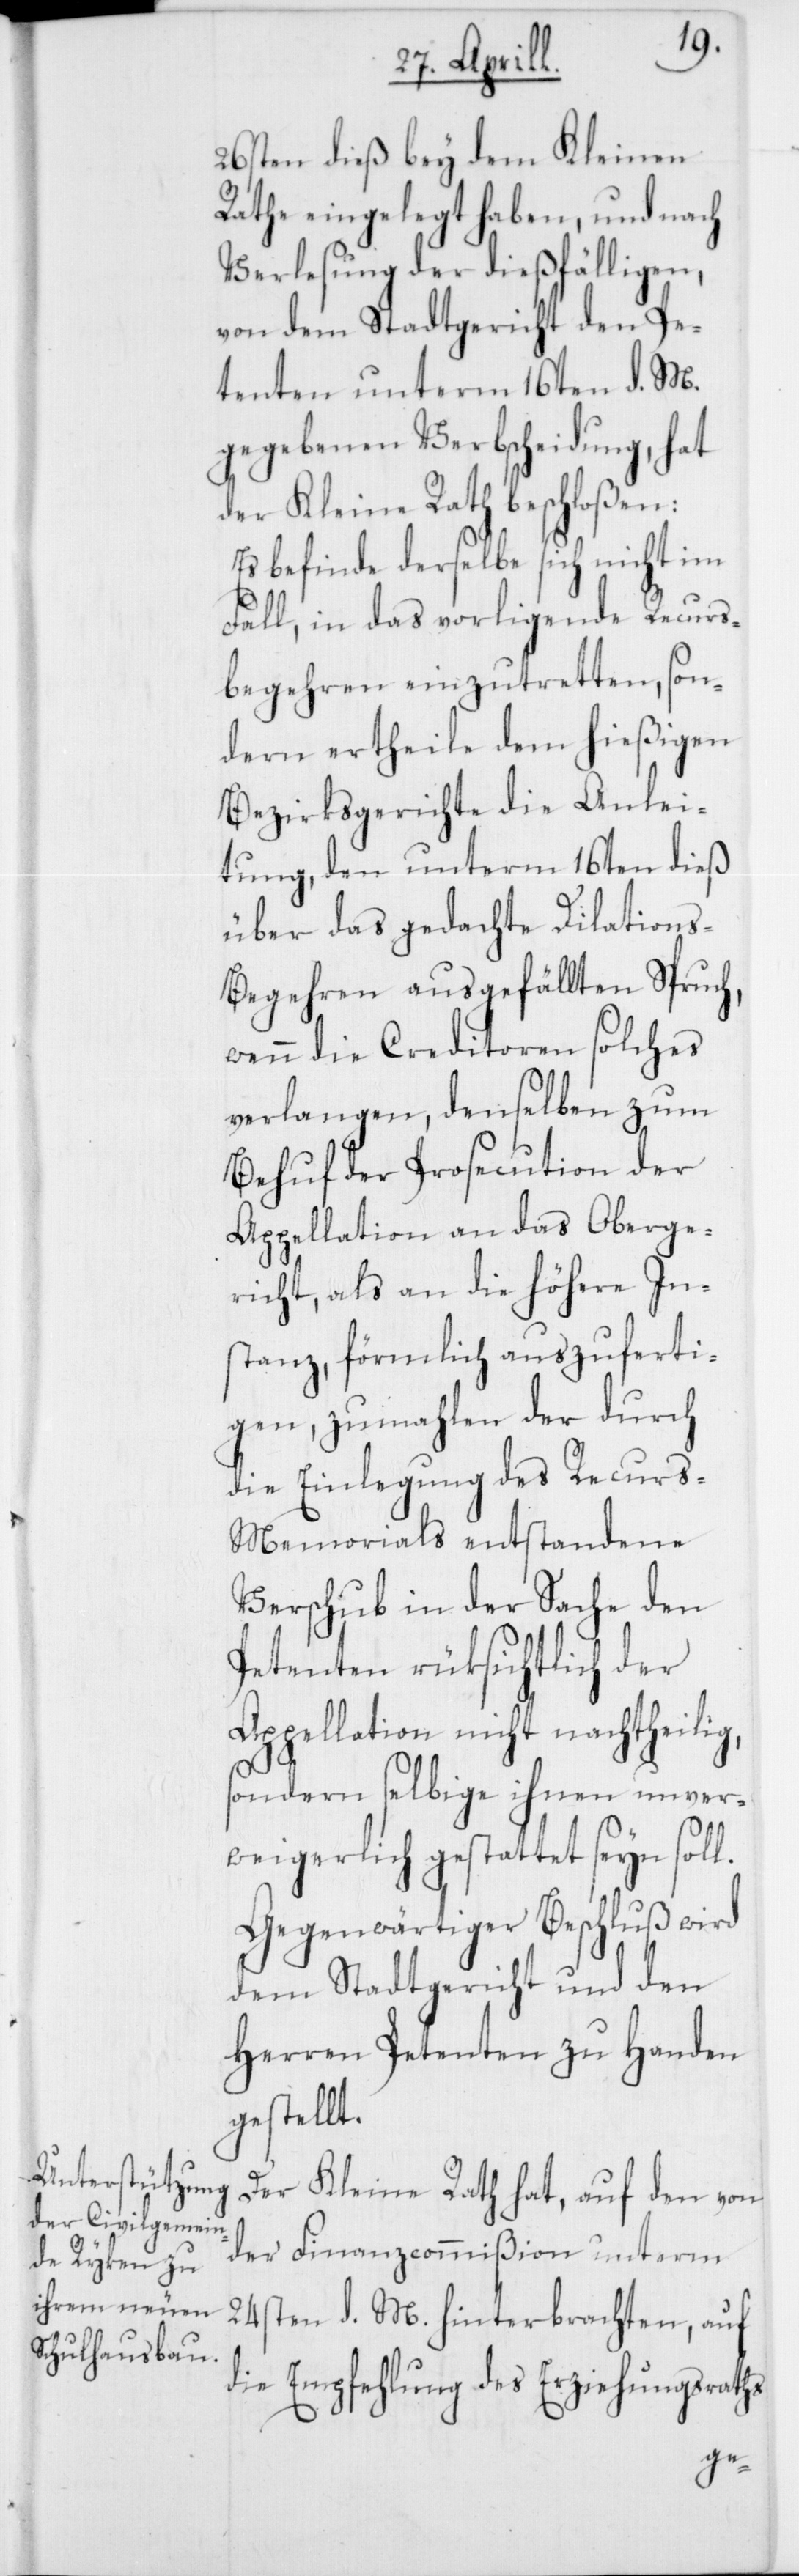
26sten dieß bey dem Kleinen
Rathe eingelegt haben, und nach
Verlesung der dießfälligen,
von dem Stadtgericht den Pe¬
tenten unterm 16ten d. M.
gegebenen Verbscheidung, hat
der Kleine Rath beschloßen:
Es befinde derselbe sich nicht im
Fall, in das vorligende Recurs¬
begehren einzutretten, son¬
dern ertheile dem hießigen
Bezirksgerichte die Anlei¬
tung, den unterm 16ten dieß
über das gedachte Dilations-B¬
egehren ausgefällten Spruch,
wenn die Creditoren solches
verlangen, denselben zum
Behuf der Prosecution der
Appellation an das Oberge¬
richt, als an die höhere In¬
stanz, förmlich auszuferti¬
gen, zumahlen der durch
die Einlegung des Recurs-M¬
emorials entstandene
Verschub in der Sache den
Petenten rüksichtlich der
Appellation nicht nachtheilig,
sondern selbige ihnen unver¬
weigerlich gestattet seyn soll.
Gegenwärtiger Beschluß wird
dem Stadtgericht und den
Herren Petenten zu Handen
gestellt.
Der Kleine Rath hat, auf den von
der Finanzcommißion unterm
24sten d. M. hinterbrachten, auf
die Empfehlung des Erziehungsraths